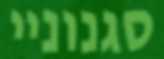
סגנוניי